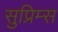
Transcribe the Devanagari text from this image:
सुप्रिम्स